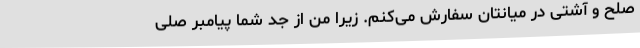
صلح و آشتى در میانتان سفارش مى‌کنم. زیرا من از جدّ شما پیامبر صلّى